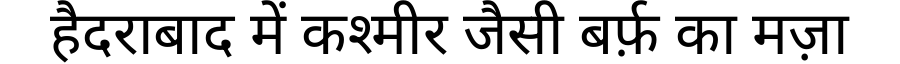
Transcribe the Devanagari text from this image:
हैदराबाद में कश्मीर जैसी बर्फ़ का मज़ा